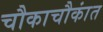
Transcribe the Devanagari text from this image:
चौकाचौकांत